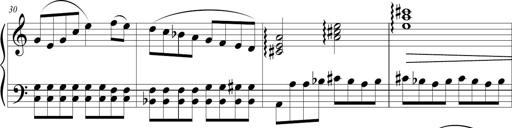
Title: Sonatina (Piano Sonata No.9)
Composer: Richard St. Clair